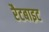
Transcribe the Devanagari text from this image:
रैटबाइट